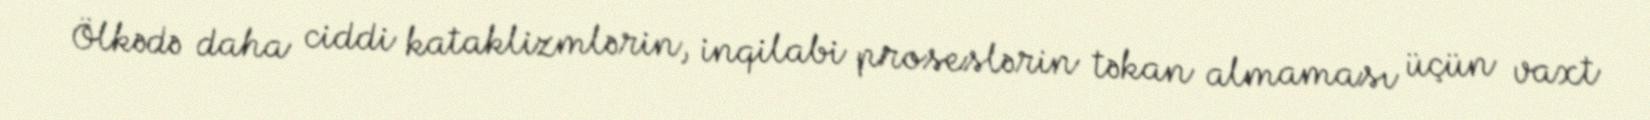
Ölkədə daha ciddi kataklizmlərin, inqilabi proseslərin təkan almaması üçün vaxt